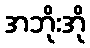
အဘိုးအို